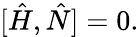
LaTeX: [\hat{H},\hat{N}]=0.